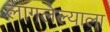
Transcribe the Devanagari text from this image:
लागलेल्याला